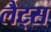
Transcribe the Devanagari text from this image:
लैट्स